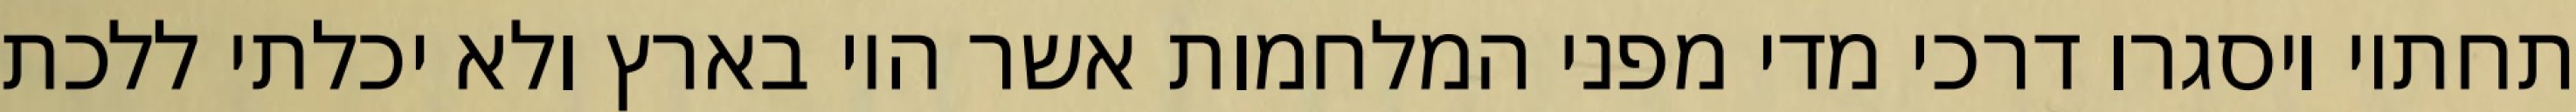
תחתיו ויסגרו דרכי מדי מפני המלחמות אשר היו בארץ ולא יכלתי ללכת